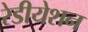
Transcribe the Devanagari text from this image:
रेडीयेशन